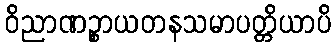
ဝိညာဏဉ္စာယတနသမာပတ္တိယာပိ